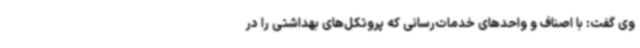
وی گفت: با اصناف و واحدهای خدمات‌رسانی که پروتکل‌های بهداشتی را در